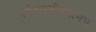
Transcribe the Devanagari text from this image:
पर्वतराजीप्रमाणेच